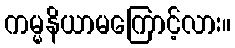
ကမ္မနိယာမကြောင့်လား။